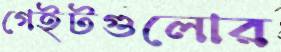
গেইটগুলোর